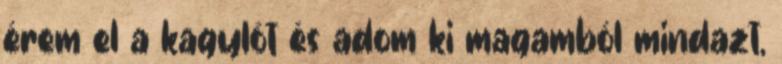
érem el a kagylót és adom ki magamból mindazt,